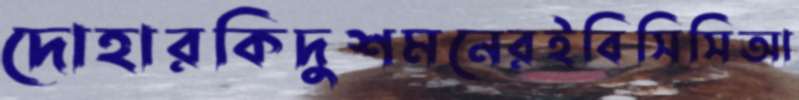
দোহারকিদুশমনেরইবিসিসিআ